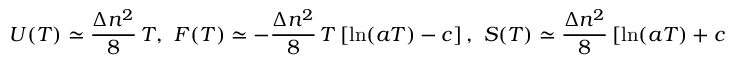
U ( T ) \simeq \frac { \Delta n ^ { 2 } } { 8 } \, T { , } \; \; F ( T ) \simeq - \frac { \Delta n ^ { 2 } } { 8 } \, T \left[ \ln ( a T ) - c \right] { , } \; \; S ( T ) \simeq \frac { \Delta n ^ { 2 } } { 8 } \left[ \ln ( a T ) + c + 1 \right] { , }